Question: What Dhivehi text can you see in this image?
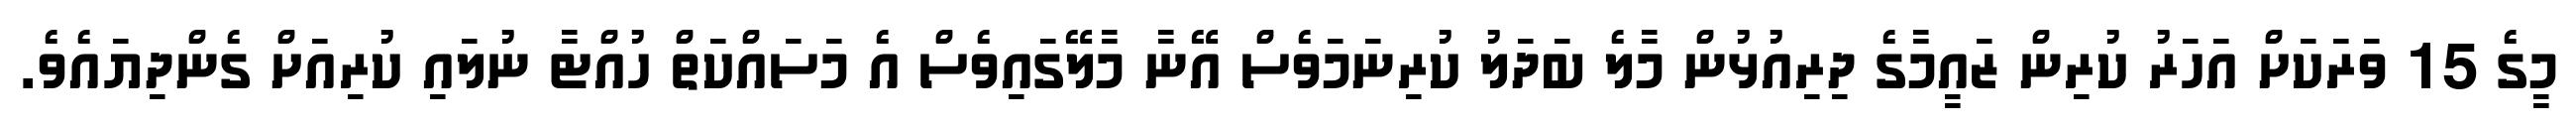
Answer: މީގެ 15 ވަރަކަށް އަހަރު ކުރިން ޒައީމާގެ ދިރިއުޅުން މާލެ ބަދަލު ކުރިނަމަވެސް އޭނާ މާލޭގައިވެސް އެ މަސައްކަތް ހުއްޓާ ނުލައި ކުރިއަށް ގެންދިޔައެވެ.